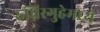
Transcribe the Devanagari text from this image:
रुधिरगुहेमध्ये